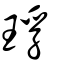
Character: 琈